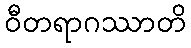
ဝီတရာဂဿာတိ